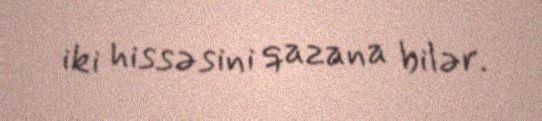
iki hissəsini qazana bilər.